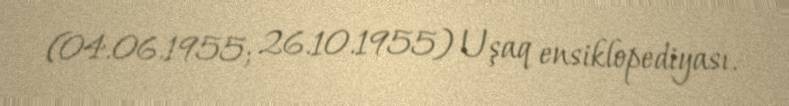
(04.06.1955; 26.10.1955) Uşaq ensiklopediyası.